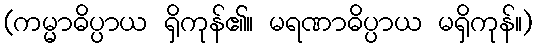
(ကမ္မာဓိပ္ပာယ ရှိကုန်၏။ မရဏာဓိပ္ပာယ မရှိကုန်။)